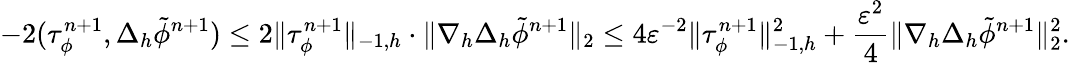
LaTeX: -2(\tau_{\phi}^{n+1},\Delta_{h}\tilde{\phi}^{n+1})\leq 2\| \tau_{\phi}^{n+1}\| _{-1,h}\cdot\| \nabla_{h}\Delta_{h}\tilde{\phi}^{n+1}\| _{2}\leq 4\varepsilon^{-2}\| \tau_{\phi}^{n+1}\| _{-1,h}^{2}+\frac{\varepsilon^{2}}{4}\| \nabla_{h}\Delta_{h}\tilde{\phi}^{n+1}\| _{2}^{2}.